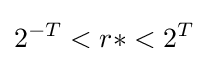
2^{-T}<r*<2^{T}